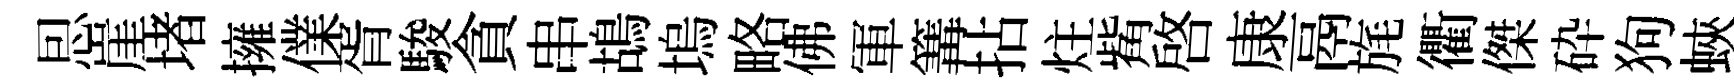
㤙崖堵擁㒒胥駿貪串鴣塢略佛軍篝拈炷觜啟康鬲旄衢傑砕狗蛺